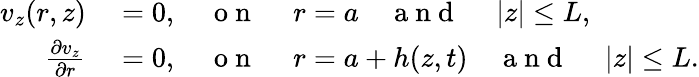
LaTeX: \begin{array}{rl}{v_{z}(r,z)}&{{}=0,\quad\mathrm{~o~n~\ }\quad r=a\quad\mathrm{~a~n~d~\ }\quad|z|\leq L,}\\ {\frac{\partial v_{z}}{\partial r}}&{{}=0,\quad\mathrm{~o~n~\ }\quad r=a+h(z,t)\quad\mathrm{~a~n~d~\ }\quad|z|\leq L.}\end{array}